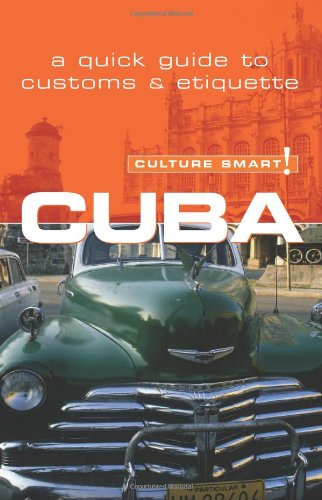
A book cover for Cuba - Culture Smart!: a quick guide to customs & etiquette; Mandy Macdonald; Business & Money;